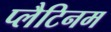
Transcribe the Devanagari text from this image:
प्‍लैटिनम